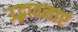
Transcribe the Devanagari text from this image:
उद्भावनाएं